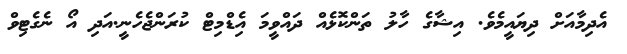
އެދިމާއަށް ދިޔައީމެވެ. އިޝާގެ ހާލު ތަންކޮޅެއް ދައްވީމަ އިެޑްމިޓް ކުރަންޖެހެނީ.އަދި އޯ ނެގެޓިވް